Vaccination report Assam 1874-1896 - 1874-1896
Year: 1874
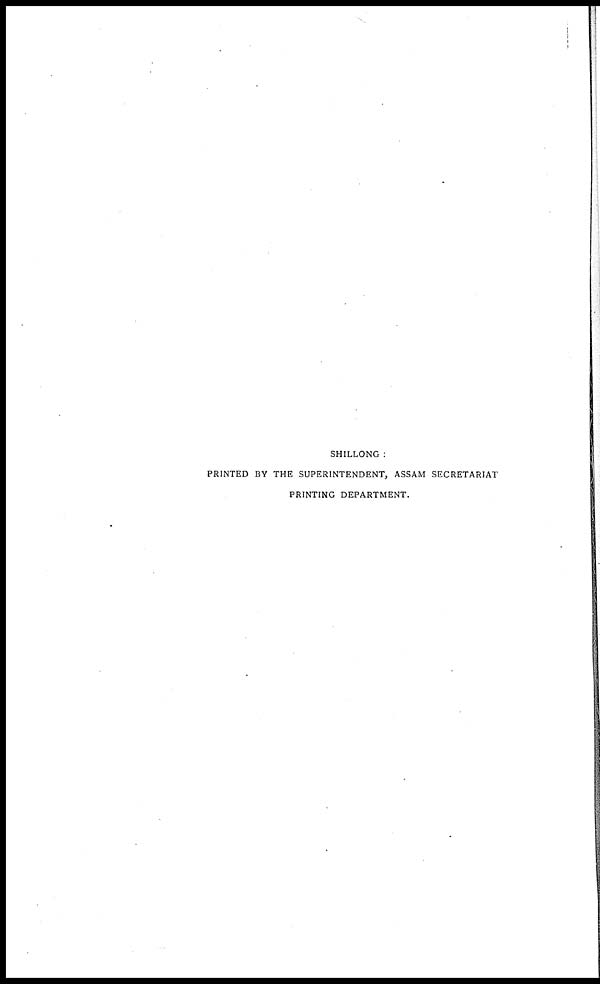
SHILLONG :
PRINTED BY THE SUPERINTENDENT, ASSAM SECRETARIAT
PRINTING DEPARTMENT.